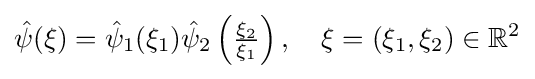
{\hat {\psi }}(\xi )={\hat {\psi }}_{1}(\xi _{1}){\hat {\psi }}_{2}\left({\tfrac {\xi _{2}}{\xi _{1}}}\right),\quad \xi =(\xi _{1},\xi _{2})\in \mathbb {R} ^{2}